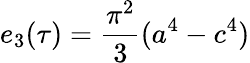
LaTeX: e_{3}(\tau)={\frac{\pi^{2}}{3}}(a^{4}-c^{4})